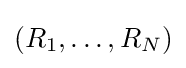
(R_{1},\ldots ,R_{N})